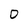
Character: D